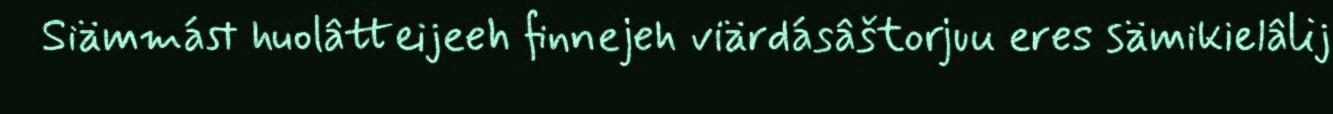
Siämmást huolâtteijeeh finnejeh viärdásâštorjuu eres sämikielâlij